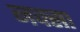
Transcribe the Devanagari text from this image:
नक्सा